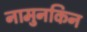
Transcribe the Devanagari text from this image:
नामुनकिन